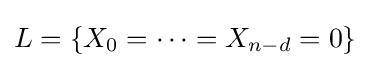
L=\{X_{0}=\dots =X_{n-d}=0\}